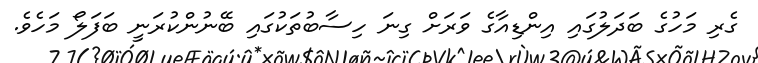
ގެރި މަހުގެ ބަދަލުގައި އިންޑިއާގެ ވަރަށް ގިނަ ހިސާބުތަކުގައި ބޭނުންކުރަނީ ބަފަލޯ މަހެވެ.